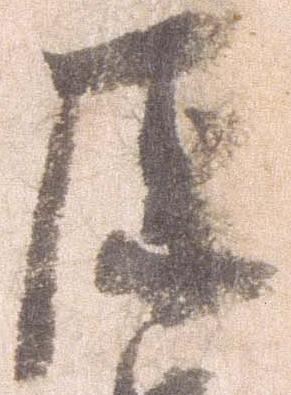
原